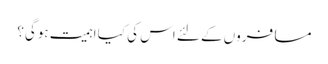
مسافروں کے لئے اس کی کیا اہمیت ہوگی؟